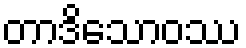
တာဒိသောဝဿ